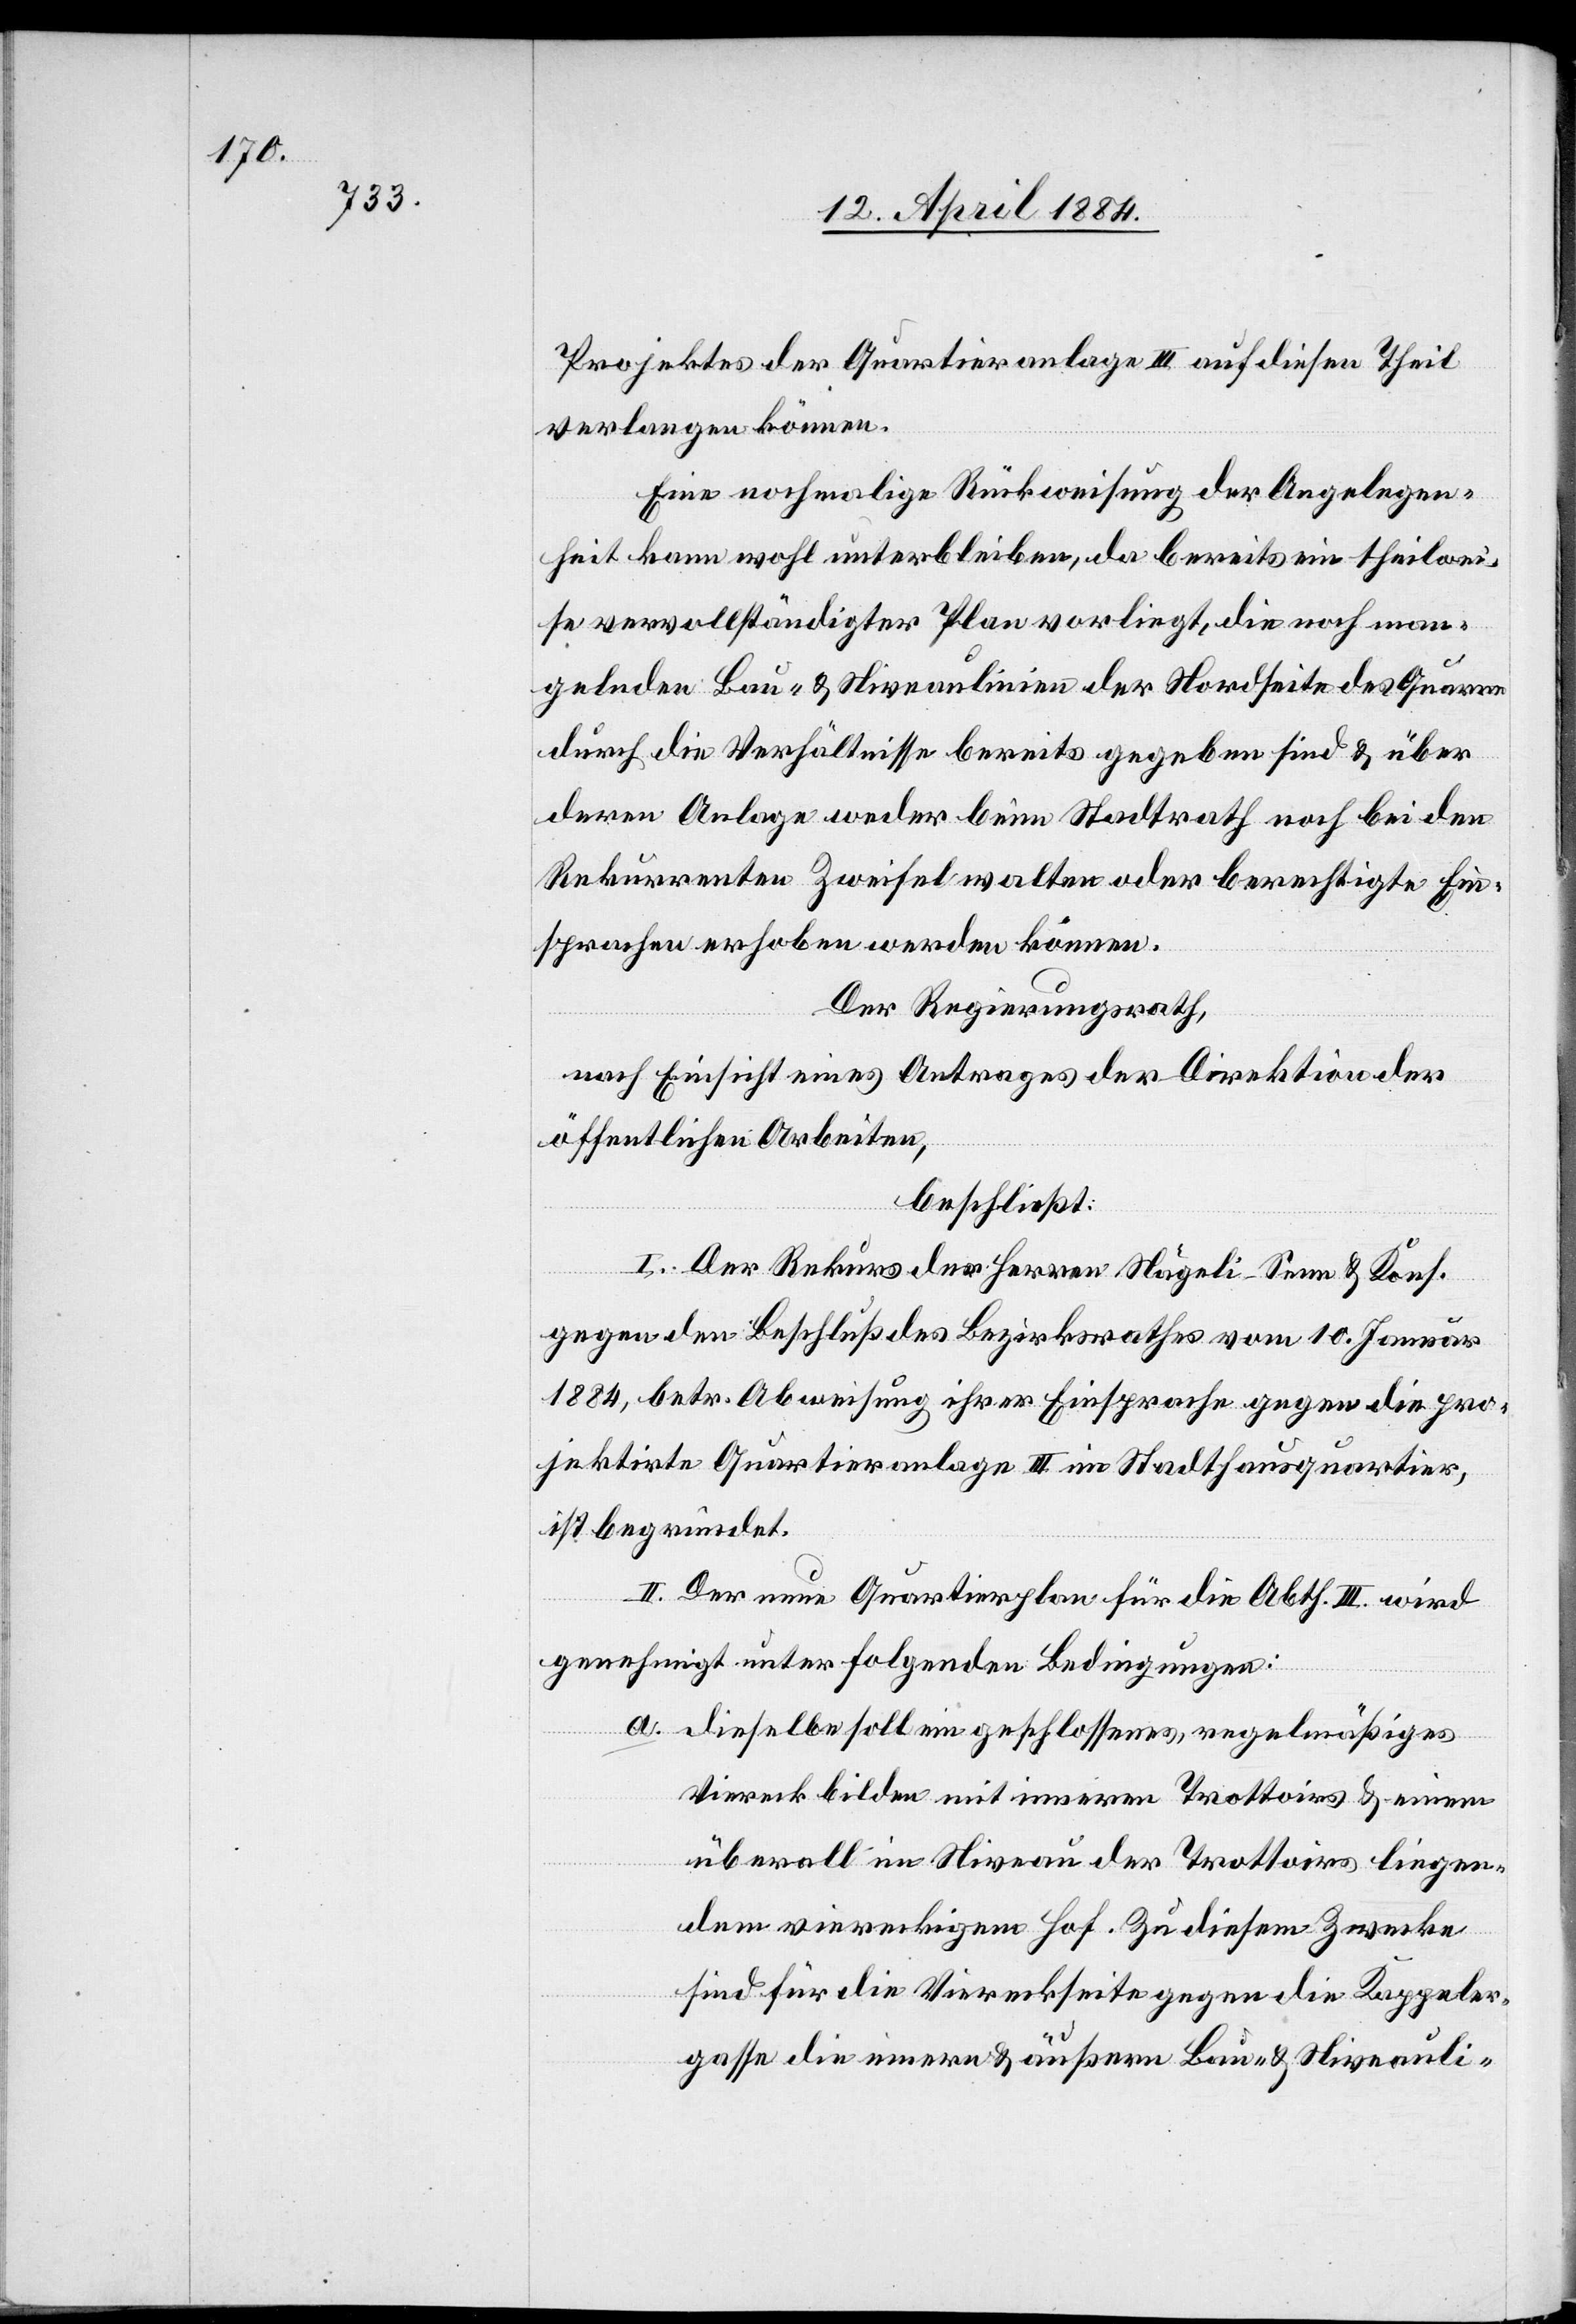
Projektes der Quartieranlage III auf diesen Theil
verlangen können.
Eine nochmalige Rückweisung der Angelegen¬
heit kann wohl unterbleiben, da bereits ein theilwei¬
se vervollständigter Plan vorliegt, die noch man¬
gelnden Bau- & Niveaulinien der Nordseite des Quarre
durch die Verhältnisse bereits gegeben sind & über
deren Anlage weder beim Stadtrath noch bei den
Rekurrenten Zweifel walten oder berechtigte Ein¬
sprachen erhoben werden können.
Der Regierungsrath,
nach Einsicht eines Antrages der Direktion der
öffentlichen Arbeiten,
beschließt:
I. Der Rekurs der Herren Nägeli-Senn und Kons.
gegen den Beschluß des Bezirksrathes vom 10. Januar
1884, betr. Abweisung ihrer Einsprache gegen die pro¬
jektirte Quartieranlage III im Stadthausquartier,
ist begründet.
II. Der neue Quartierplan für die Abth. III wird
genehmigt unter folgenden Bedingungen:
a. dieselbe soll ein geschlossenes, regelmäßiges
Viereck bilden mit innern Trottoirs & einem
überall im Niveau der Trottoirs liegen¬
dem viereckigem [sic!] Hof. Zu diesem Zwecke
sind für die Viereckseite gegen die Kappeler¬
gasse die innern & äußeren Bau- & Niveauli-